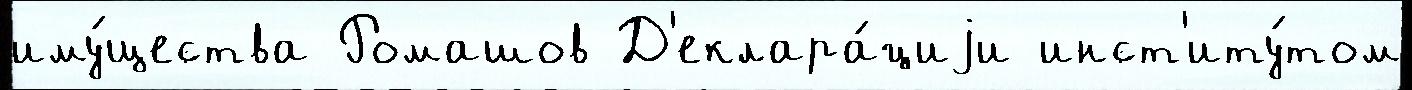
иму́щества Ромашов Д'еклара́циjи инст'иту́том